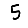
Digit: 5